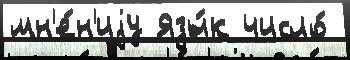
мн'е́н'иjу Язы́к число́